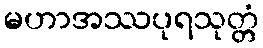
မဟာအဿပုရသုတ္တံ